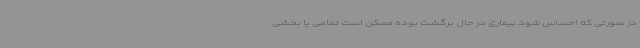
در صورتی که احساس شود بیماری در حال برگشت بوده ممکن است تمامی یا بخشی